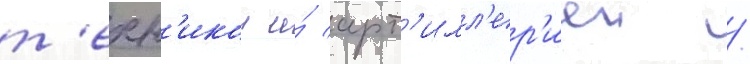
т'ехн'икои и́ арт'илл'ер'иеи /